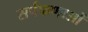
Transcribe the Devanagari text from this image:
सर्पफणाओं